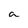
Character: a